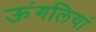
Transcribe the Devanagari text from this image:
ऊंगलियां